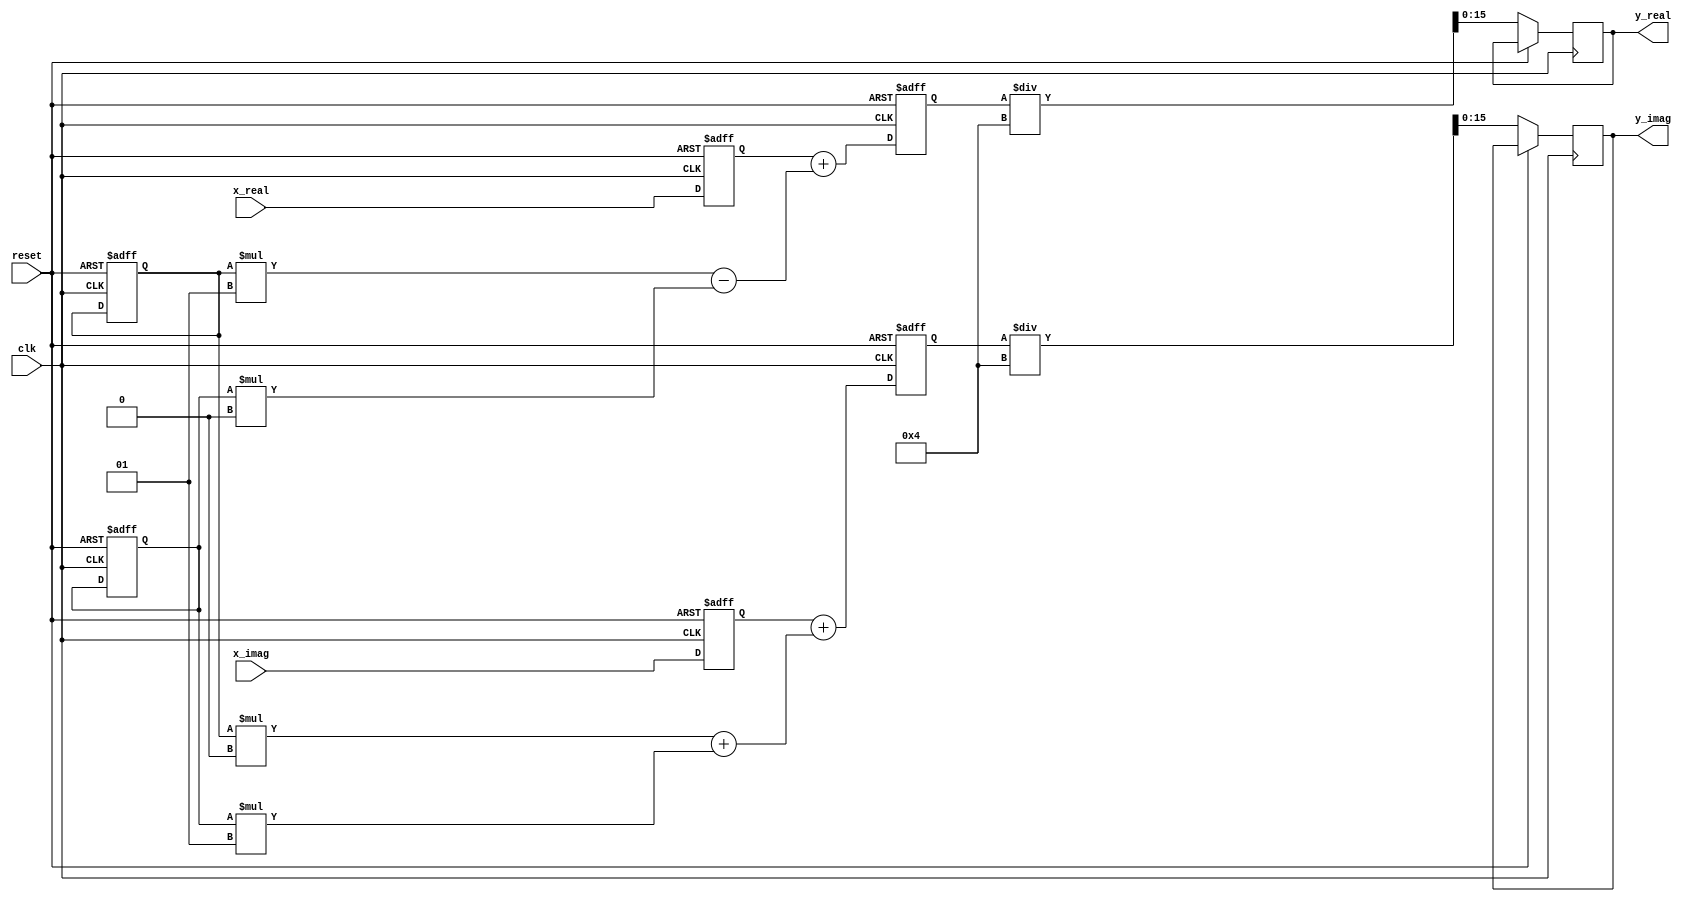
`timescale 1ns / 1ps
//////////////////////////////////////////////////////////////////////////////////
// Company: 
// Engineer: 
// 
// Design Name: 
// Module Name: ifft
// Project Name: 
// Target Devices: 
// Tool Versions: 
// Description: 
// 
// Dependencies: 
// 
// Revision:
// Revision 0.01 - File Created
// Additional Comments:
// 
//////////////////////////////////////////////////////////////////////////////////


module ifft (
    input clk,
    input reset,
    input signed [15:0] x_real,
    input signed [15:0] x_imag,
    output reg signed [15:0] y_real,
    output reg signed [15:0] y_imag
);
    // Number of points (N)
    parameter N = 4;
    
    // Twiddle factors
    wire signed [15:0] twiddle_real [0:N/2-1];
    wire signed [15:0] twiddle_imag [0:N/2-1];
    
    // Define the twiddle factors for IFFT
    assign twiddle_real[0] = 16'd1;
    assign twiddle_imag[0] = 16'd0;
    assign twiddle_real[1] = 16'd0;
    assign twiddle_imag[1] = 16'd1; // Conjugate for IFFT
    
    // Input and output arrays
    reg signed [15:0] x_real_arr [0:N-1];
    reg signed [15:0] x_imag_arr [0:N-1];
    reg signed [15:0] y_real_arr [0:N-1];
    reg signed [15:0] y_imag_arr [0:N-1];
    
    integer i, j, k;
    
    always @(posedge clk or posedge reset) begin
        if (reset) begin
            for (i = 0; i < N; i = i + 1) begin
                x_real_arr[i] <= 16'd0;
                x_imag_arr[i] <= 16'd0;
                y_real_arr[i] <= 16'd0;
                y_imag_arr[i] <= 16'd0;
            end
        end else begin
            // Load input values
            x_real_arr[0] <= x_real;
            x_imag_arr[0] <= x_imag;
            
            // Compute IFFT
            for (i = 0; i < N; i = i + 1) begin
                for (j = 0; j < N/2; j = j + 1) begin
                    k = (i * j) % N;
                    y_real_arr[i] <= x_real_arr[i] + (x_real_arr[j] * twiddle_real[k] - x_imag_arr[j] * twiddle_imag[k]);
                    y_imag_arr[i] <= x_imag_arr[i] + (x_real_arr[j] * twiddle_imag[k] + x_imag_arr[j] * twiddle_real[k]);
                end
            end
            
            // Output results (scaled down by N for IFFT)
            y_real <= y_real_arr[0] / N;
            y_imag <= y_imag_arr[0] / N;
        end
    end
endmodule